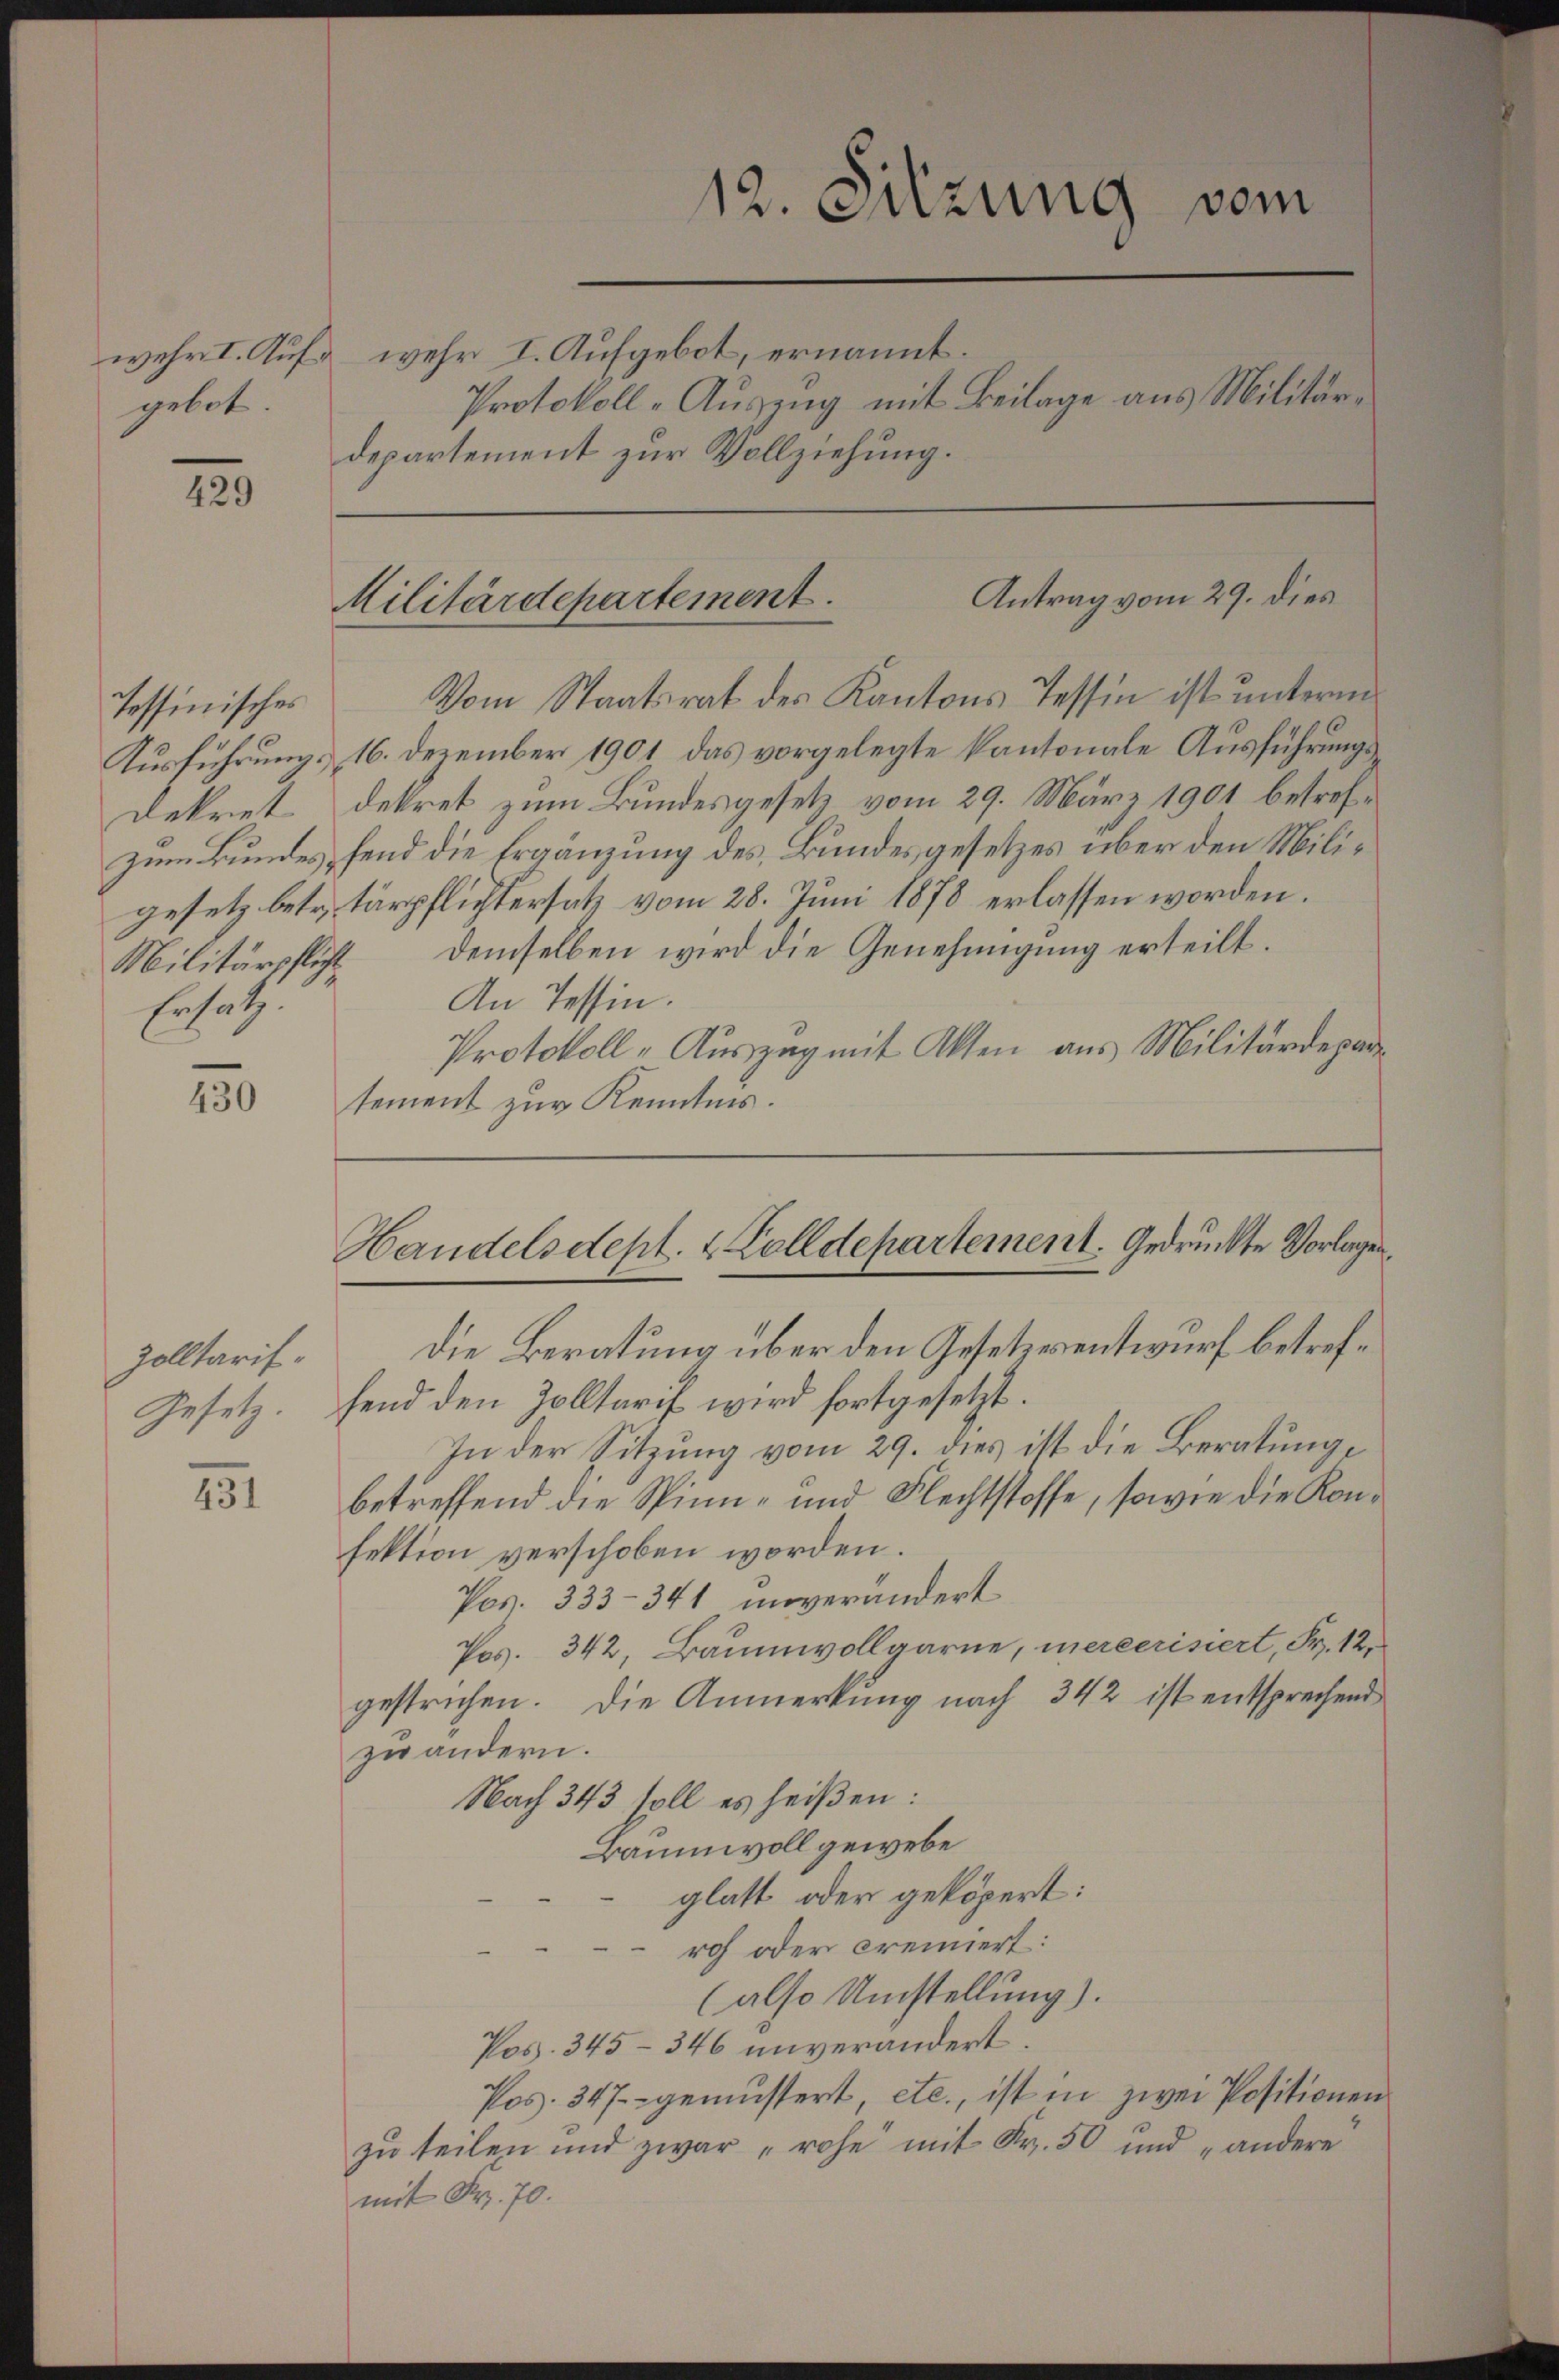
gebot.

429

Tessinisches
Ersatz.

430

Zolltarif¬
Gesetz.

151.

wehr I. Aufa wehr I. Aufgebot, ernannt.

Vom Staatsrat des Kantons Tessin ist unterm
Ausführung & 16. Dezember 1901 das vorgelegte kantonale Ausführungs¬
Dekret dekret zum Bundesgesetz vom 29. März 1901 betrefzum Bundes fend die Ergänzung des Bundesgesetzes über den Miligesetz betr. Tärpflichtersatz vom 28. Juni 1878 erlassen worden.
Militärpflicht demselben wird die Genehmigung erteilt.
An Tessin.
Protokoll-Auszug mit Akten aus Militärdeparsement zur Kenntnis.

12. Sitzung vom
Protokoll-Auszug mit Beilage aus Militärdepartement zur Vollziehung.

Antrag vom 29. dies
Militärdepartement.

Handelsdept. & Zolldepartement. Gedruckte Vorlagen.

die Beratung über den Gesetzesentwurf betreffend den Zolltarif wird fortgesetzt.
In der Sitzung vom 29. dies ist die Beratunge
betreffend die Spinn- und Flechtstoffe, sowie die Konfektion verschoben worden.
Pos. 333-341 moverändert
Pos. 342, Baumwollgarne, mereerisiert, Fr. 12,
gestrichen. Die Anmerkung nach 342 ist entsprechend
zu andern.
Nach 343 soll es heißen:
Baumwoll gewebe
glatt oder geköpert:
rch oder cremiert:
(also Umstellung).
Pos. 345-346 unverändert.
Pos. 347. gemüssert etc., ist in zwei Positionen
zŭ teilen und zwar rohe mit Fr. 50 und „andere
mit Fr. 70.